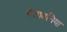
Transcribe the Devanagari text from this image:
चेतावनिया